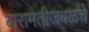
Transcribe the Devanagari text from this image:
बारामतीजवळचे